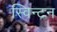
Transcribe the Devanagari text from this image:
स्विन्टन